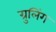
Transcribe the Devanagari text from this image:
ग्रुलिंग